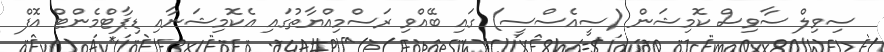
ސިވިލް ސާވިސް ކޮމިޝަން (ސީއެސްސީ) ގައި ބޭއްވި ރަސްމިއްޔާތުގައި އެކޮމިޝަނާއި ޑިޕާޓްމެންޓް އޮފް